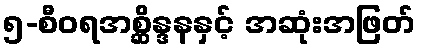
၅-စီဝရအစ္ဆိန္ဒနနှင့် အဆုံးအဖြတ်